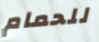
للحمام